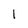
Character: 1